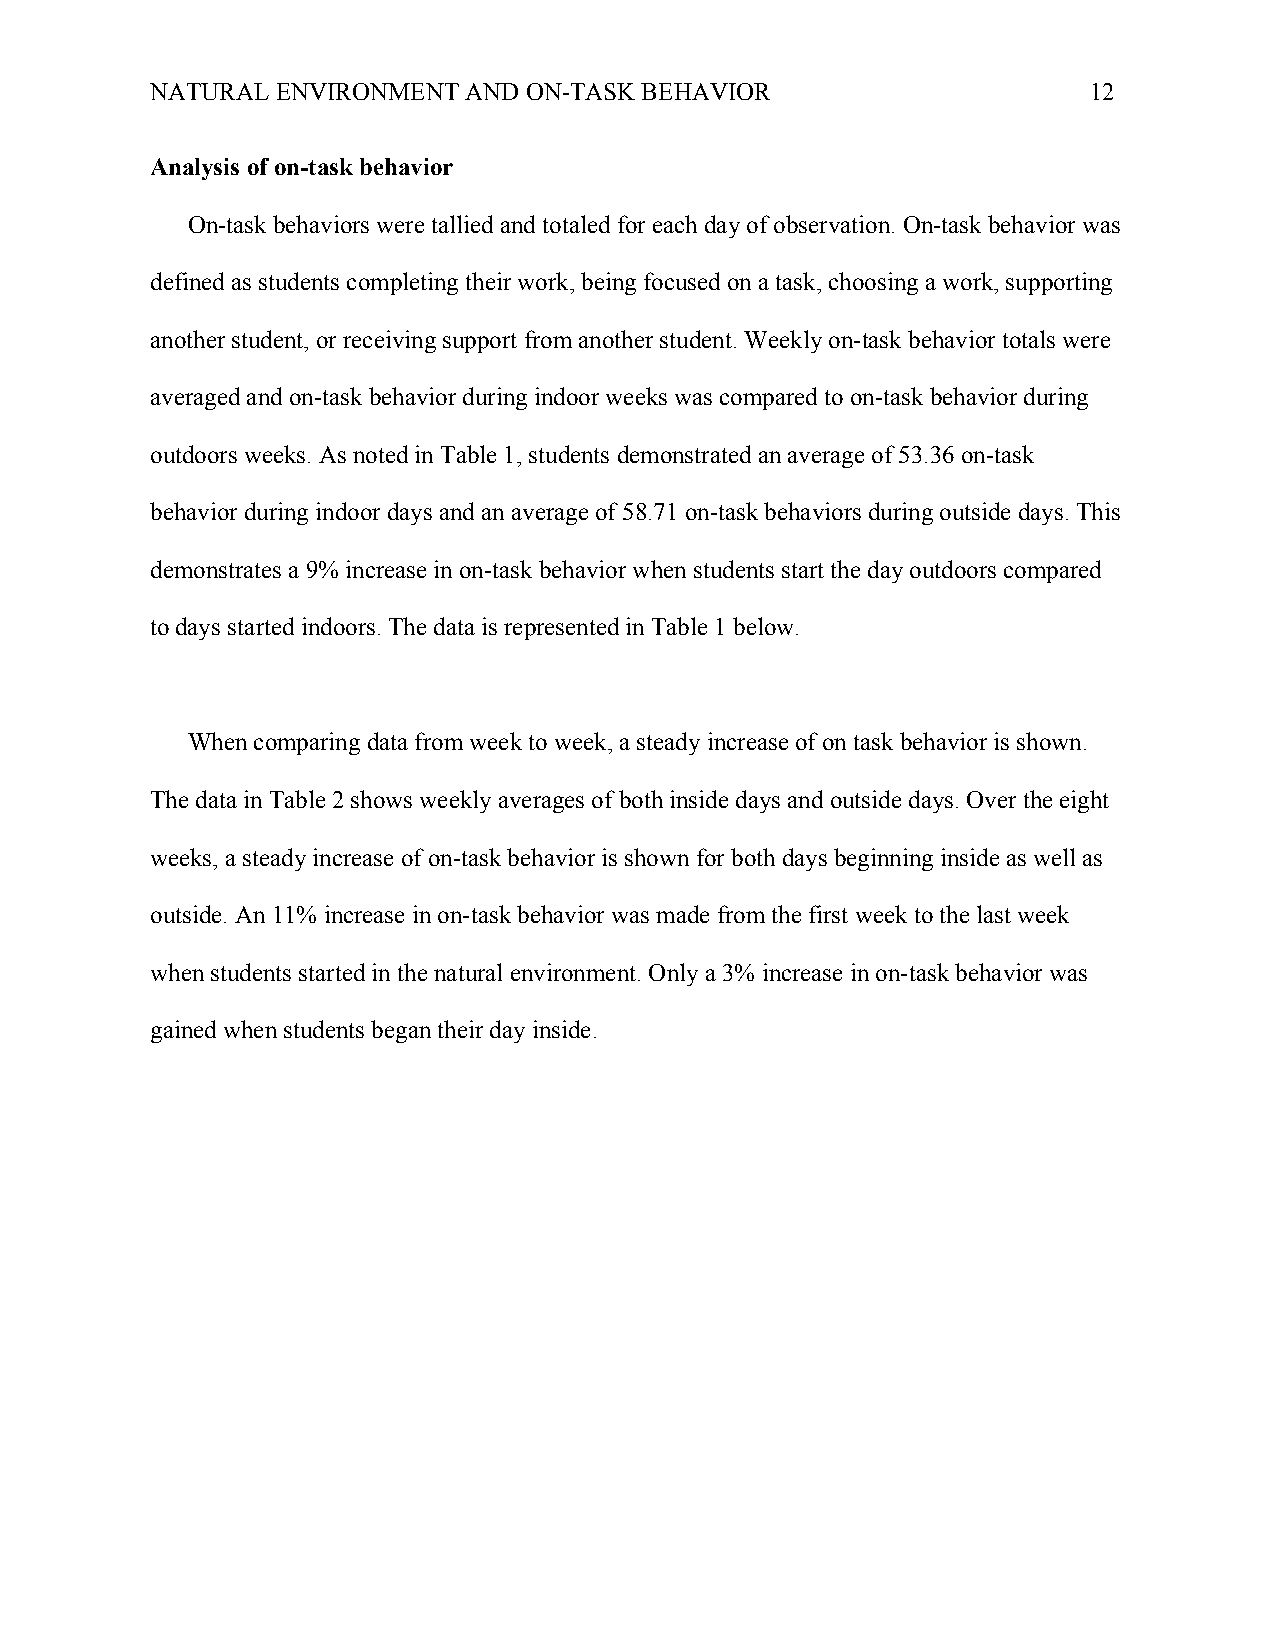
NATURAL ENVIRONMENT  AND ON-TASK BEHAVIOR                     12
 Analysis of on-task behavior
 On-task behaviors were tallied and totaled for each day of observation. On-task behavior was
 defined as students completing their work, being focused on a task, choosing a work, supporting
 another student, or receiving support from another student. Weekly on-task behavior totals were
 averaged and on-task behavior during indoor weeks was compared to on-task behavior during
 outdoors weeks. As noted in Table 1, students demonstrated an average of 53.36 on-task
 behavior during indoor days and an average of 58.71 on-task behaviors during outside days. This
 demonstrates a 9% increase in on-task behavior when students start the day outdoors compared
 to days started indoors. The data is represented in Table 1 below.
 When comparing data from week to week, a steady increase of on task behavior is shown.
 The data in Table 2 shows weekly averages of both inside days and outside days. Over the eight
 weeks, a steady increase of on-task behavior is shown for both days beginning inside as well as
 outside. An 11% increase in on-task behavior was made from the first week to the last week
 when students started in the natural environment. Only a 3% increase in on-task behavior was
 gained when students began their day inside.